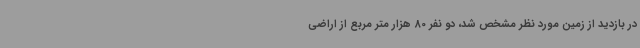
در بازدید از زمین مورد نظر مشخص شد، دو نفر 80 هزار متر مربع از اراضی